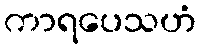
ကာရပေသဟံ